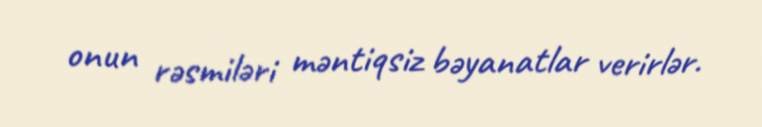
onun rəsmiləri məntiqsiz bəyanatlar verirlər.